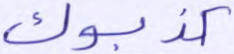
كذبوك